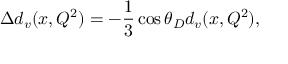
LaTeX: \Delta d _ { v } ( x , Q ^ { 2 } ) = - { \frac { 1 } { 3 } } \cos \theta _ { D } d _ { v } ( x , Q ^ { 2 } ) ,